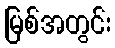
မြစ်အတွင်း